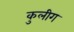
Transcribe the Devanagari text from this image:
कुलीग